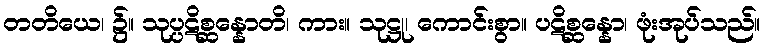
တတိယေ၊ ၌။ သုပ္ပဋိစ္ဆန္နောတိ၊ ကား။ သုဋ္ဌု၊ ကောင်းစွာ။ ပဋိစ္ဆန္နော၊ ဖုံးအုပ်သည်။